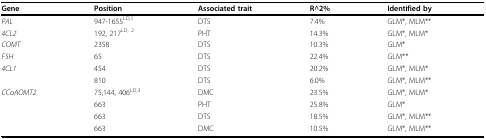
<table><thead><tr><td><b>Gene</b></td><td><b>Position</b></td><td><b>Associated trait</b></td><td><b>R^2%</b></td><td><b>Identified by</b></td></tr></thead><tbody><tr><td><i>PAL</i></td><td>947-1655<sup>LD,1</sup></td><td>DTS</td><td>7.4%</td><td>GLM*, MLM**</td></tr><tr><td><i>4CL2</i></td><td>192, 217<sup>LD, 2</sup></td><td>PHT</td><td>14.3%</td><td>GLM*, MLM*</td></tr><tr><td><i>COMT</i></td><td>2358</td><td>DTS</td><td>10.3%</td><td>GLM*</td></tr><tr><td><i>F5H</i></td><td>65</td><td>DTS</td><td>22.4%</td><td>GLM**</td></tr><tr><td><i>4CL1</i></td><td>454</td><td>DTS</td><td>20.2%</td><td>GLM*, MLM*</td></tr><tr><td></td><td>810</td><td>DTS</td><td>6.0%</td><td>GLM*, MLM**</td></tr><tr><td><i>CCoAOMT2</i></td><td>75,144, 406<sup>LD,3</sup></td><td>DMC</td><td>23.5%</td><td>GLM*, MLM*</td></tr><tr><td></td><td>663</td><td>PHT</td><td>25.8%</td><td>GLM*</td></tr><tr><td></td><td>663</td><td>DTS</td><td>18.5%</td><td>GLM*, MLM**</td></tr><tr><td></td><td>663</td><td>DMC</td><td>10.5%</td><td>GLM*, MLM**</td></tr></tbody></table>